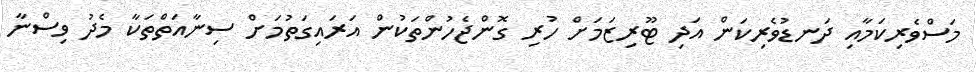
މަސްވެރިކަމާއި ދަނޑުވެރިކަން އަދި ޓޫރިޒަމަށް ހުރި ގޮންޖެހުންތަކުން އަރައިގަތުމަށް ސިނާއަތްތަކާ މެދު ވިސްނާ